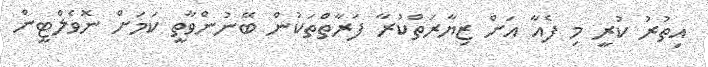
އިތުރު ކުރީ މި ފެއާ އަށް ޒިޔާރަތްކުރާ ފަރާތްތަކުން ބޭނުންވާތީ ކަމަށް ނޮވެލްޓީން